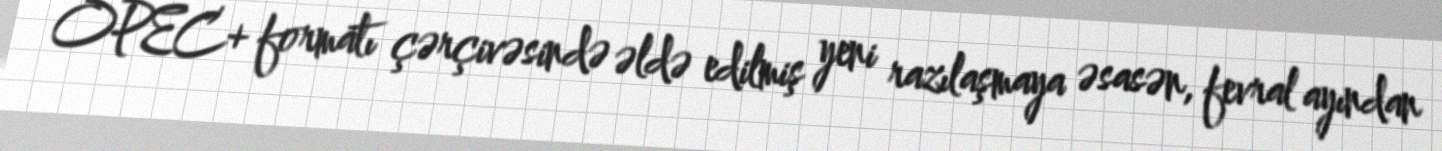
OPEC+ formatı çərçivəsində əldə edilmiş yeni razılaşmaya əsasən, fevral ayından